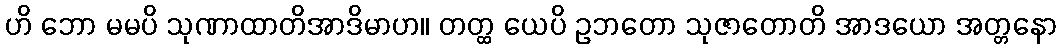
ဟိ ဘော မမပိ သုဏာထာတိအာဒိမာဟ။ တတ္ထ ယေပိ ဥဘတော သုဇာတောတိ အာဒယော အတ္တနော